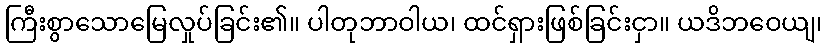
ကြီးစွာသောမြေလှုပ်ခြင်း၏။ ပါတုဘာဝါယ၊ ထင်ရှားဖြစ်ခြင်းငှာ။ ယဒိဘဝေယျ၊